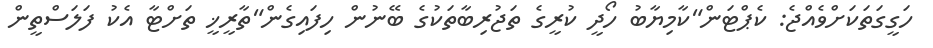
ހަގީގަތަކަށްވެއްޖެ: ކެޕްޓަން"ކާމިޔާބު ހޯދީ ކުރީގެ ތަޖުރިބާތަކުގެ ބޭނުން ހިފައިގެން"ތާރީޚީ ތަށްޓާ އެކު ފަލަސްތީން